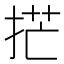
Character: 𫼳